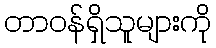
တာဝန်ရှိသူများကို